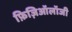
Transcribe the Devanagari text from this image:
फ़िज़िऑलॉजी